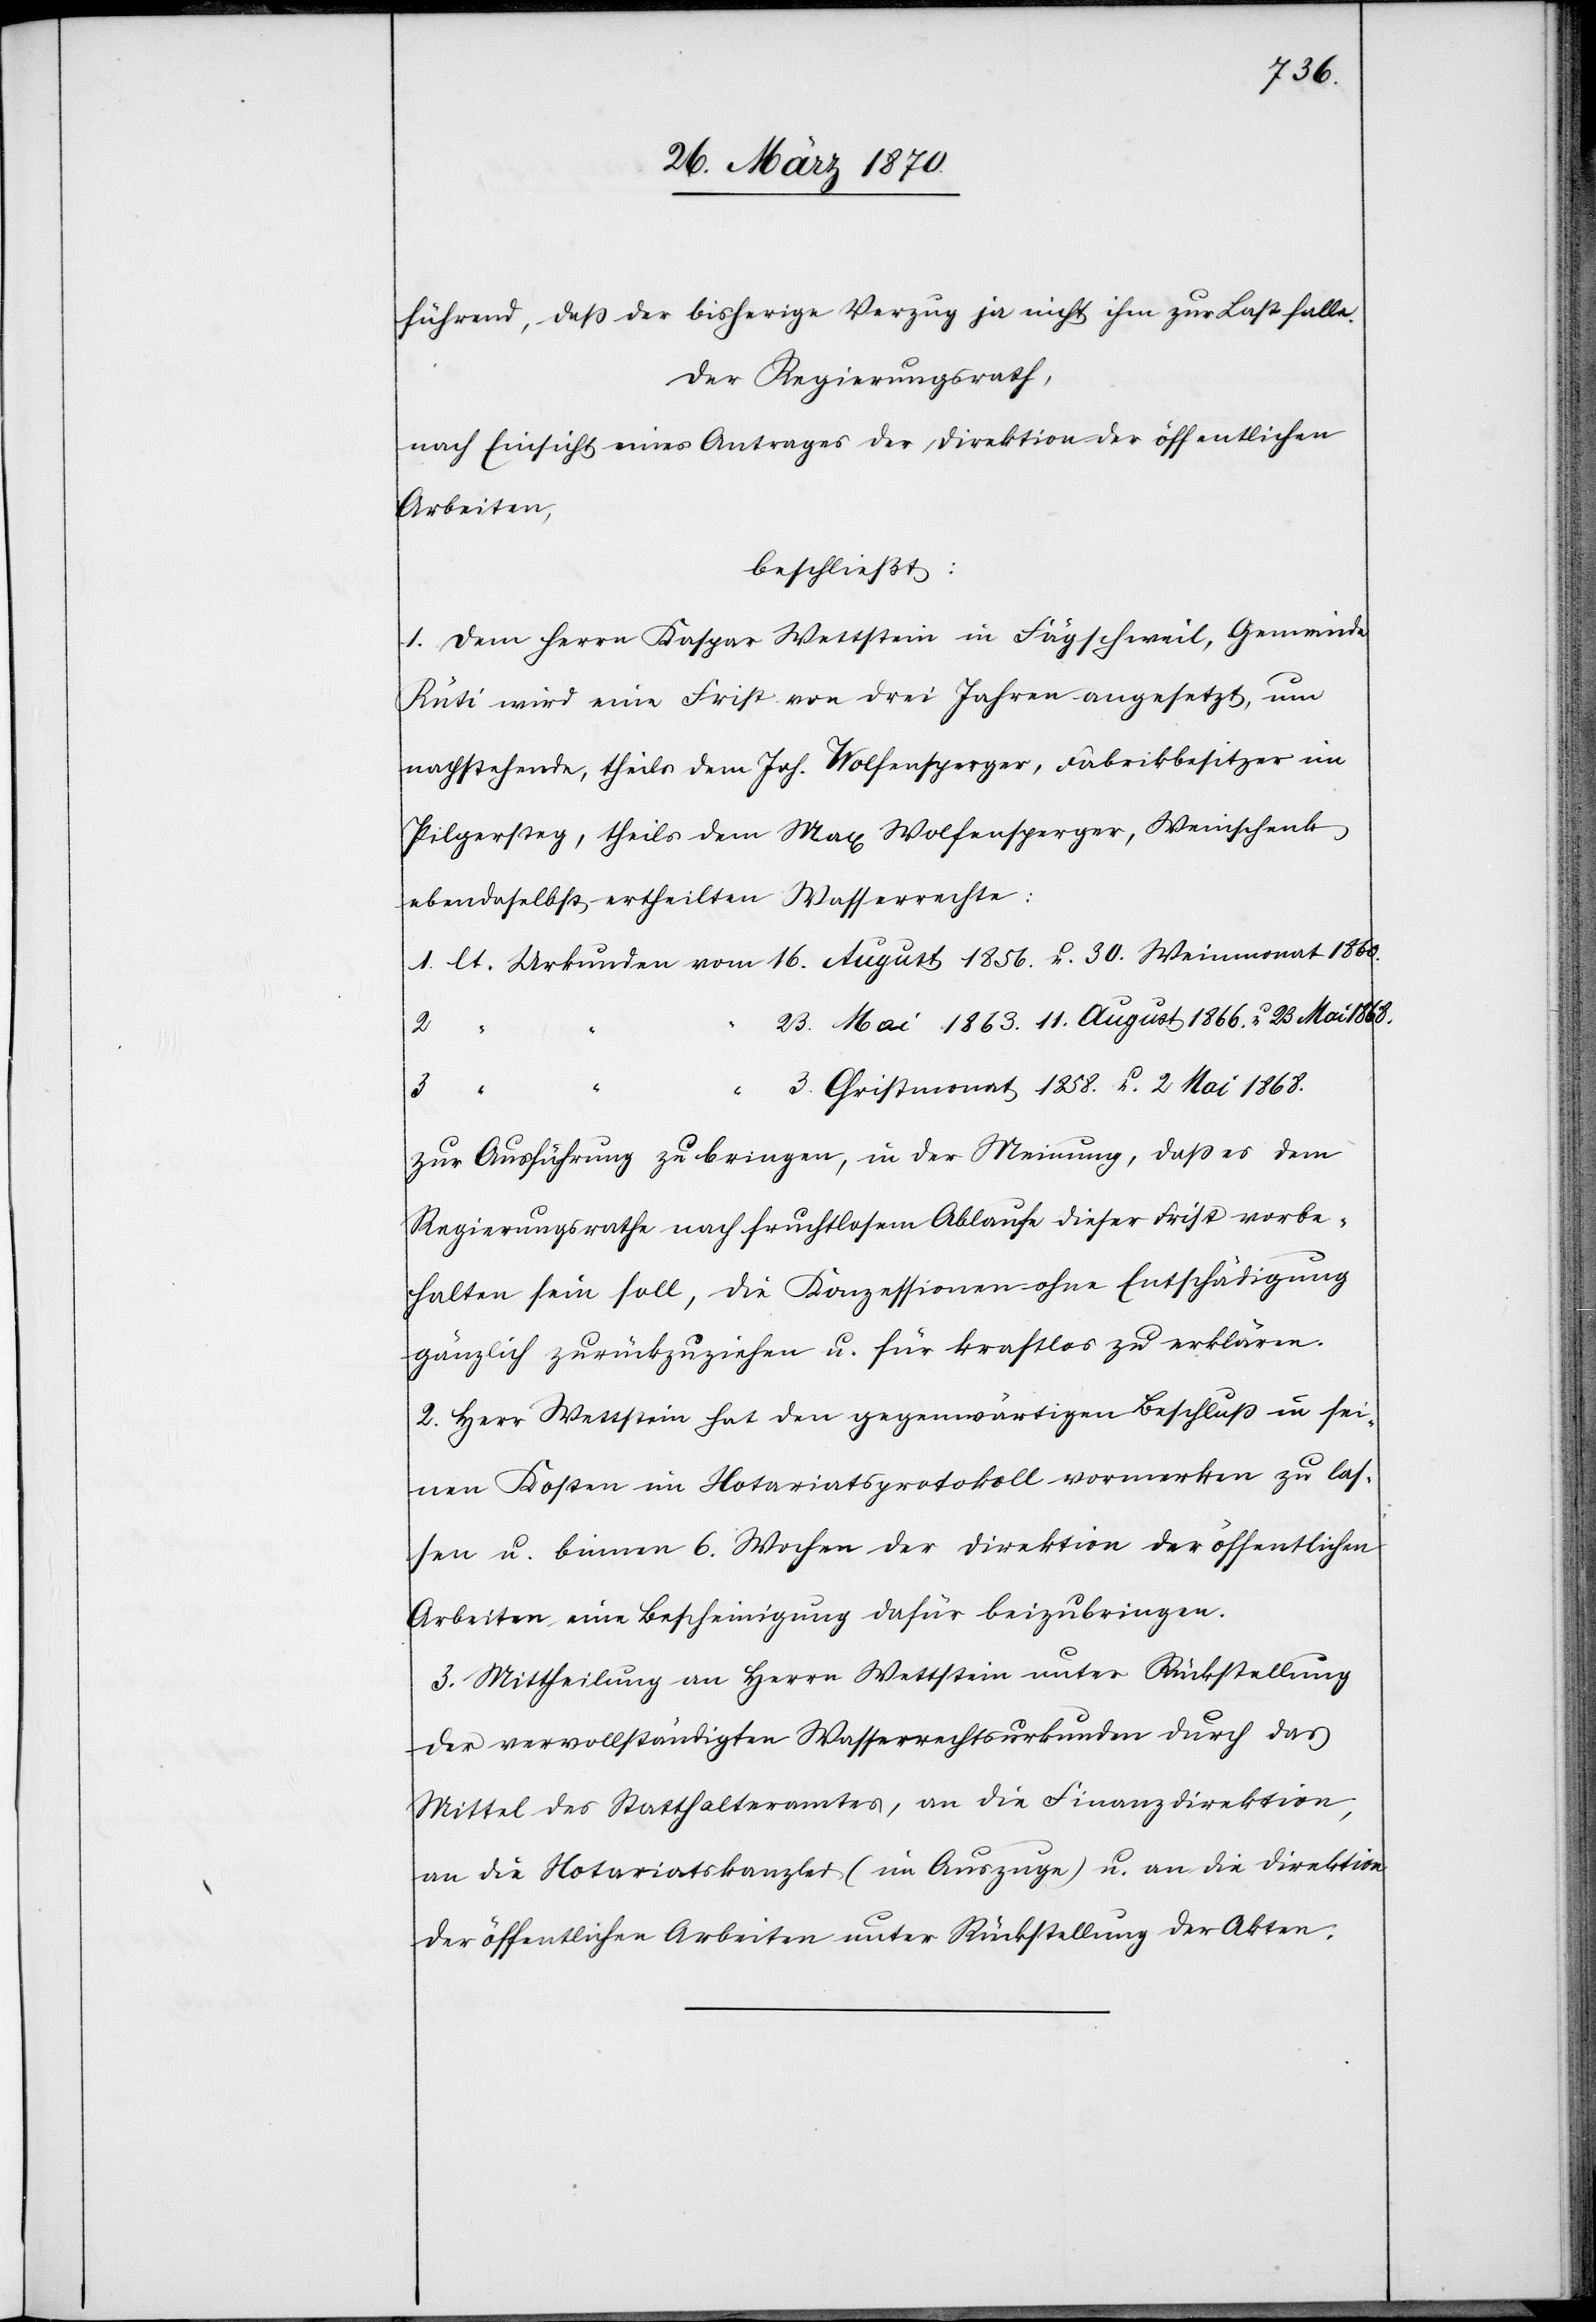
1860.
führend, daß der bisherige Verzug ja nicht ihm zur Last falle.
Der Regierungsrath,
nach Einsicht eines Antrages der Direktion der öffentlichen
Arbeiten,
beschließt:
1. Dem Herrn Kaspar Wettstein in Fägschweil, Gemeinde
Rüti wird eine Frist von drei Jahren angesetzt, um
nachstehende, theils dem Joh. Wolfensperger, Fabrikbesitzer im
Pilgersteg, theils dem Max Wolfensperger, Weinschenk,
ebendaselbst ertheilten Wasserrechte:
23. Mai 1863. 11. August 1866. u. 23. Mai 1868.
30.
3
3. Christmonat 1858. u. 2 Mai 1868.
2
“
“
zur Ausführung zu bringen, in der Meinung, daß es dem
Regierungsrathe nach fruchtlosem Ablaufe dieser Frist vorbe¬
halten sein soll, die Konzessionen ohne Entschädigung
gänzlich zurückzuziehen u. für kraftlos zu erklären.
2. Herr Wettstein hat den gegenwärtigen Beschluß in sei¬
nen Kosten im Notariatsprotokoll vormerken zu las¬
sen u. binnen 6. Wochen der Direktion der öffentlichen
Arbeiten eine Bescheinigung dafür beizubringen.
3. Mittheilung an Herrn Wettstein unter Rückstellung
der vervollständigten Wasserrechtsurkunden durch das
Mittel des Statthalteramtes, an die Finanzdirektion,
an die Notariatskanzlei (im Auszuge) u. an die Direktion
der öffentlichen Arbeiten unter Rückstellung der Akten.